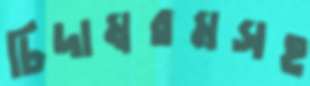
চিদাম্বরমসহ